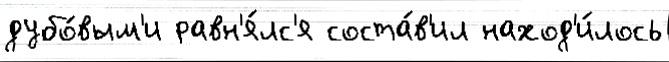
дубо́вым'и равн'я́лс'я соста́в'ил наход'и́лось